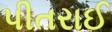
પીતરાઈ